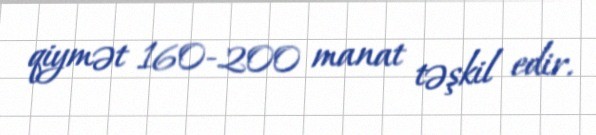
qiymət 160-200 manat təşkil edir.